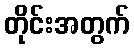
တိုင်းအတွက်